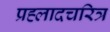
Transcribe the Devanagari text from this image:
प्रह्लादचरित्र